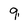
Character: 9